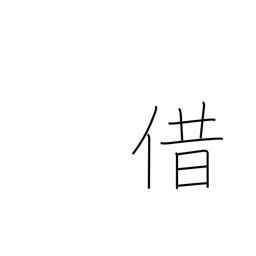
Meaning: borrow